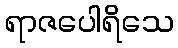
ရာဇပေါရိသေ